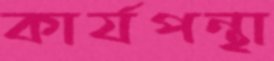
কার্যপন্থা